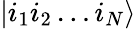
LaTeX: |i_{1}i_{2}\ldots i_{N}\rangle